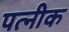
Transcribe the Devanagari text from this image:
पत्नीक